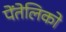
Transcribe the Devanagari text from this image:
पेंतेलिको